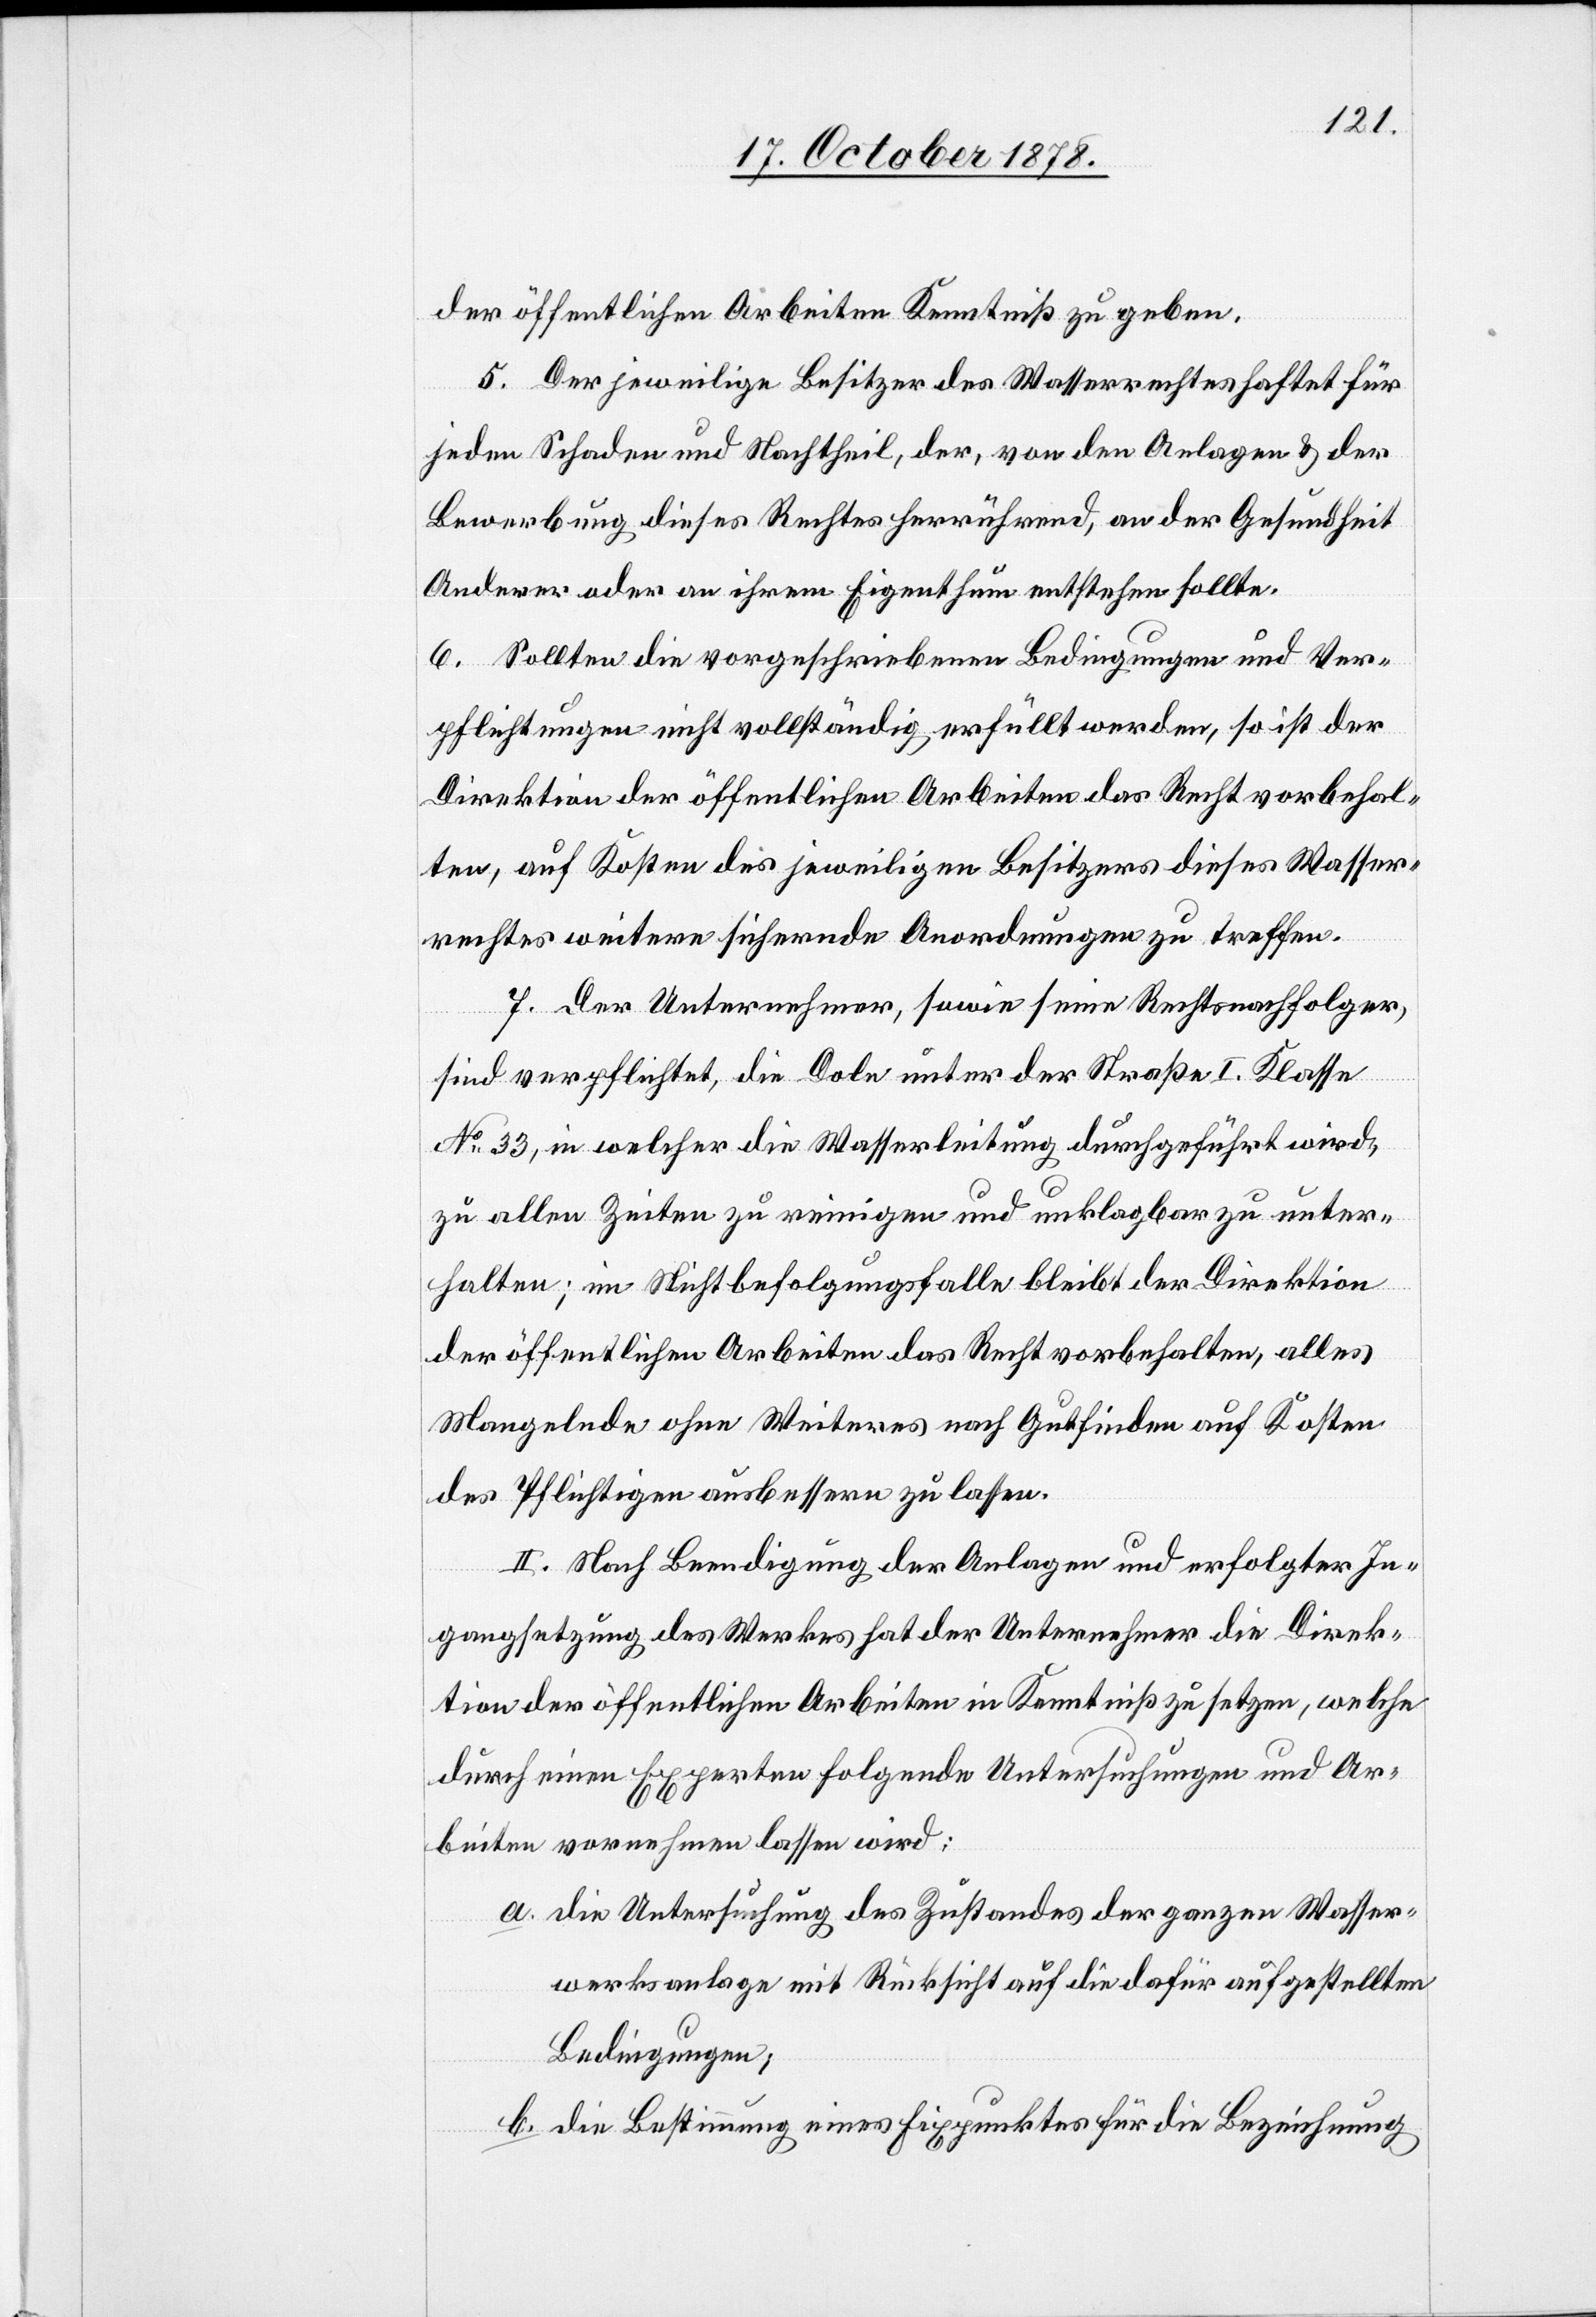
der öffentlichen Arbeiten Kenntniß zu geben.
5. Der jeweilige Besitzer des Wasserrechtes haftet für
jeden Schaden und Nachtheil, der, von den Anlagen & der
Bewerbung dieses Rechtes herrührend, an der Gesundheit
Anderer oder an ihrem Eigenthum entstehen sollte.
6. Sollten die vorgeschriebenen Bedingungen und Ver¬
pflichtungen nicht vollständig erfüllt werden, so ist der
Direktion der öffentlichen Arbeiten das Recht vorbehal¬
ten, auf Kosten des jeweiligen Besitzers dieses Wasser¬
rechtes weitere sichernde Anordnungen zu treffen.
7. Der Unternehmer, sowie seine Rechtsnachfolger,
sind verpflichtet, die Dole unter der Straße I. Klasse
No 33, in welcher die Wasserleitung durchgeführt wird,
zu allen Zeiten zu reinigen und unklagbar zu unter¬
halten; im Nichtbefolgungsfalle bleibt der Direktion
der öffentlichen Arbeiten das Recht vorbehalten, alles
Mangelnde ohne Weiteres nach Gutfinden auf Kosten
des Pflichtigen ausbessern zu lassen.
II. Nach Beendigung der Anlagen und erfolgter In¬
gangsetzung des Werkes hat der Unternehmer die Direk¬
tion der öffentlichen Arbeiten in Kenntniß zu setzen, welche
durch einen Experten folgende Untersuchungen und Ar¬
beiten vornehmen lassen wird:
die Untersuchung des Zustandes der ganzen Wasser¬
werksanlage mit Rücksicht auf die dafür aufgestellten
Bedingungen;
die Bestimmung eines Fixpunktes für die Bezeichnung